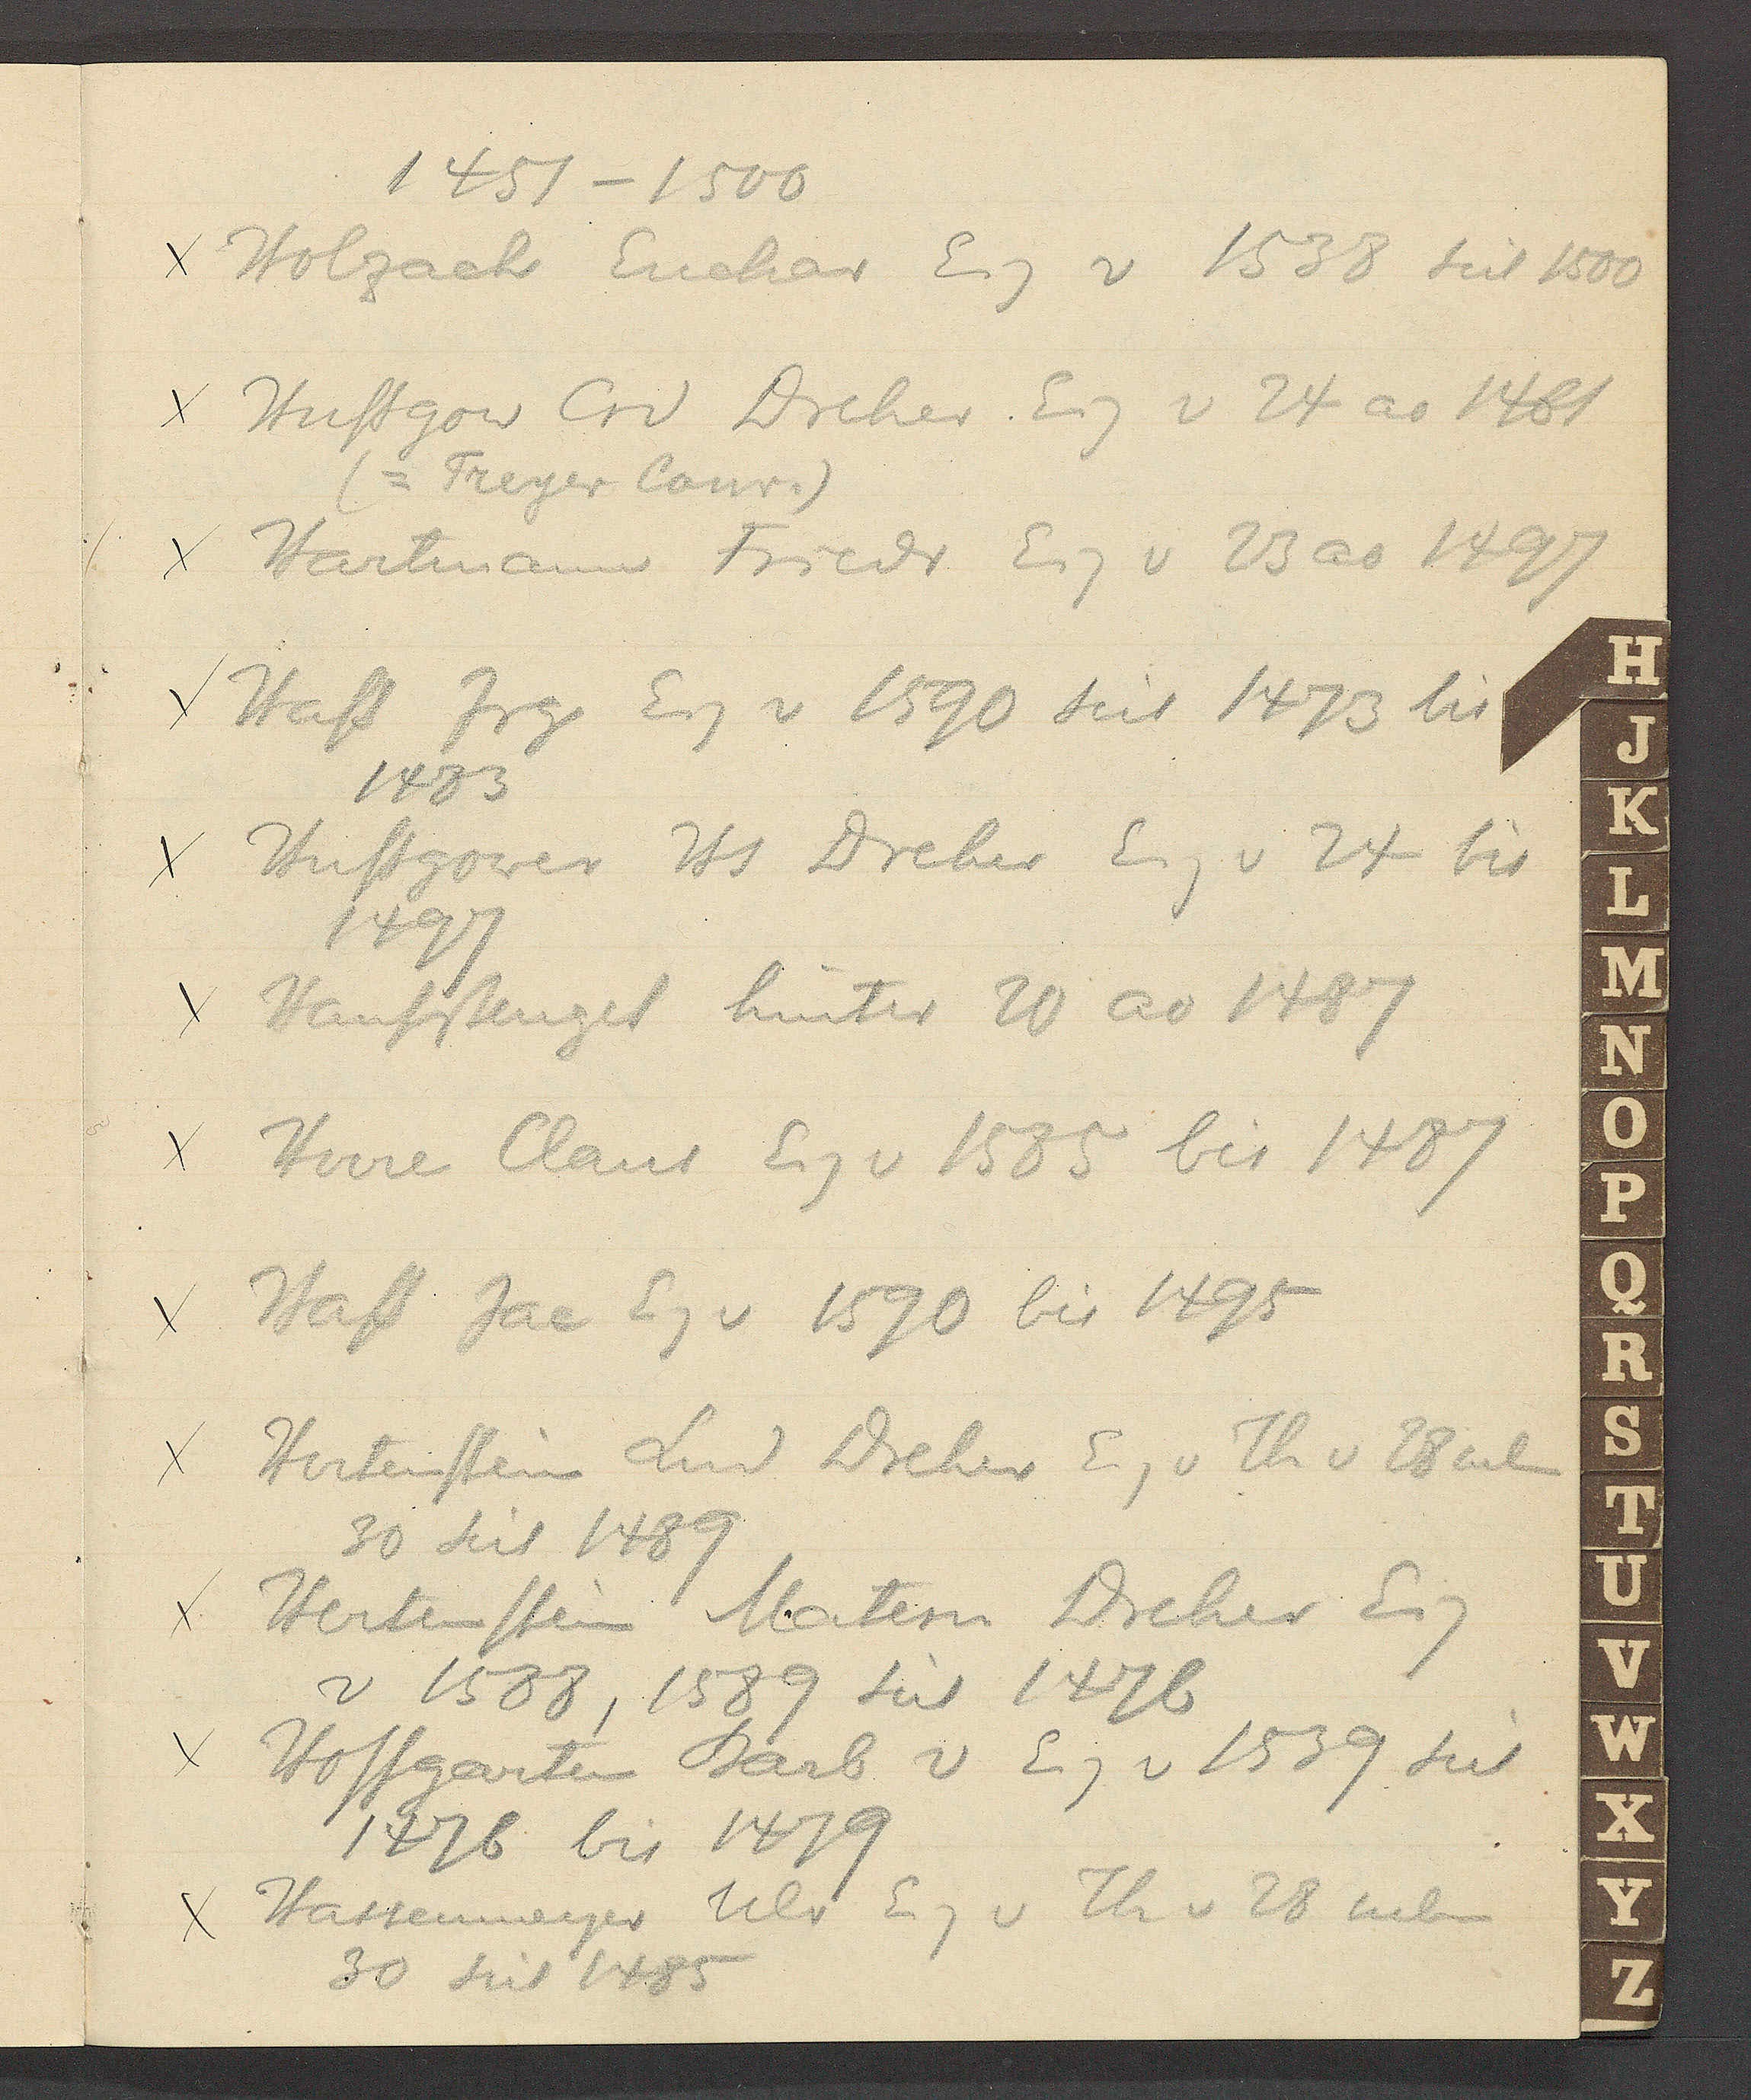
Transcript:
1451 – 1500
Holzach Euchar Eig v 1538 seit 1500
Hussgow Crd Dreher Eig v 24 ao 1461
(= Treyer Conr.)
Hartmann Friedr Eig v 23 ao 1497
Hass Jrg Eig v 1590 seit 1473 bis
1483
Hussgower Hs Dreher Eig v 24 bis
1497
Hanfstengel hinter 20 ao 1487
Herre Claus Eig v 1585 bis 1487
Hass Jac Eg v 1590 bis 1495
Hertenstein Lud Dreher Eig v Th v 28 neb
30 seit 1489
Hertenstein Matern Dreher Eig
v 1588, 1589 seit 1476
Hoffgarten Barb v Eig v 1539 seit
1476 bis 1479
Hassenmeyer Ulr Eig v Th v 28 neben
30 seit 1485